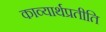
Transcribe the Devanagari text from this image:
काव्यार्थप्रतीति